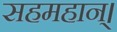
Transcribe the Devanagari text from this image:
सहमहान्।